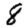
Digit: 8